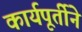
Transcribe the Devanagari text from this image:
कार्यपूर्तीने